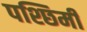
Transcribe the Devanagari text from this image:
पश्छिमी